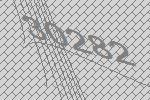
30282